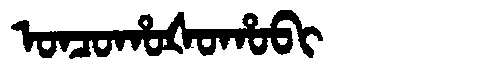
Manchu: ᠣᠨᠴᠣᡥᠣᡧᠣᡥᠣᠪᡳ
Romanization: ONCOHOŠOHOBI